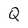
Character: Q